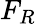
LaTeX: F_{R}